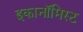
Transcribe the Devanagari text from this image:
इकानॉमिस्ट